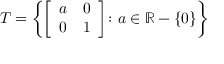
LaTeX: T = \left\{ { \left[ \begin{array} { l l } { a } & { 0 } \\ { 0 } & { 1 } \end{array} \right] } \colon a \in \mathbb { R } - \{ 0 \} \right\}